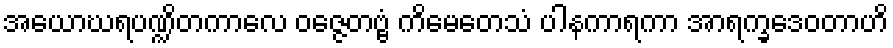
အယောဃရပဏ္ဍိတကာလေ ဝဇ္ဇေတဗ္ဗံ ကိမေတေသံ ပါနကာရကာ အာရက္ခဒေဝတာဟိ